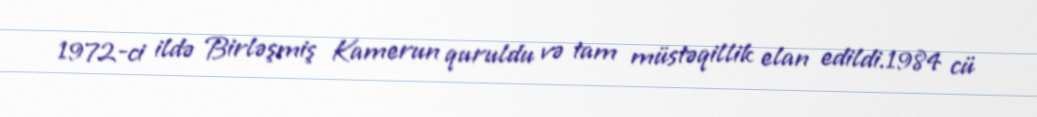
1972-ci ildə Birləşmiş Kamerun quruldu və tam müstəqillik elan edildi.1984 cü